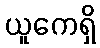
ယူကေရှိ